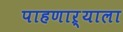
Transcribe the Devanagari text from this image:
पाहणाऱ्याला